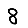
Digit: 8